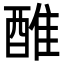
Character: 醀